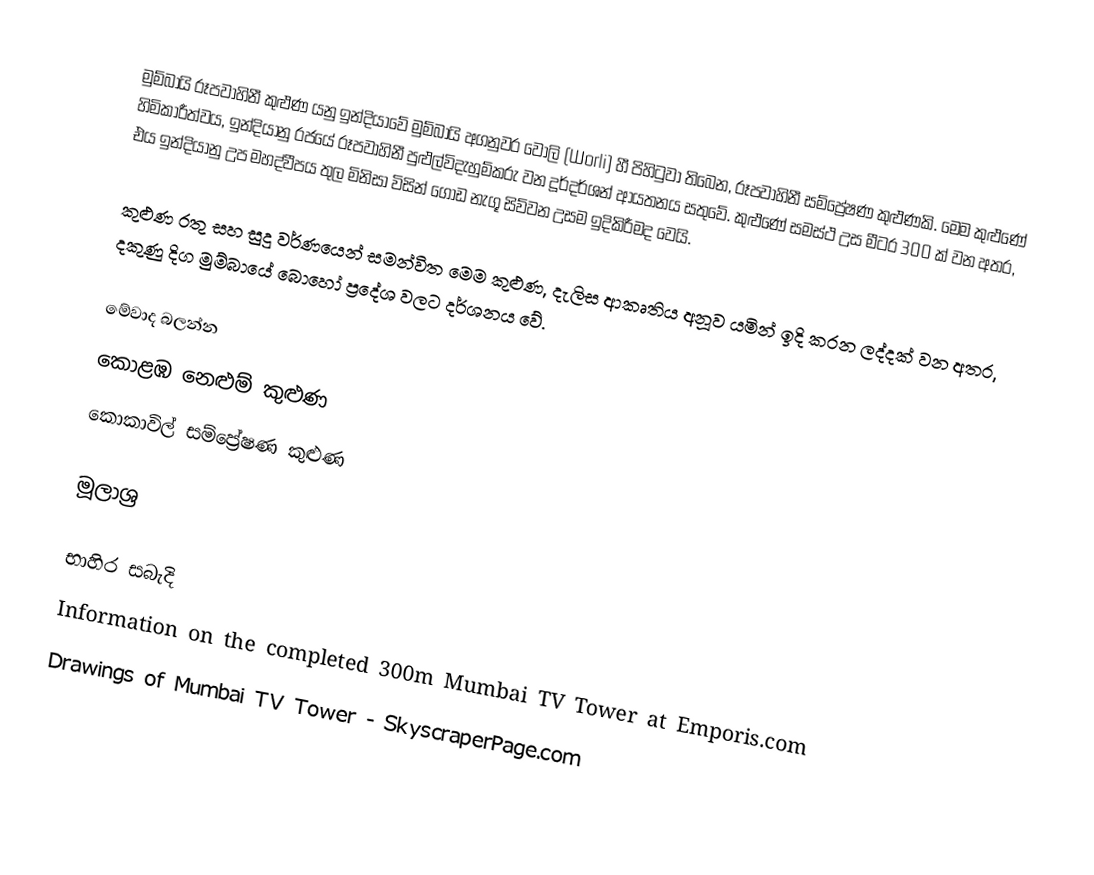
මුම්බායි රූපවාහිනී කුළුණ යනු ඉන්දියාවේ මුම්බායි අගනුවර වෝලි (Worli) හී පිහිටුවා තිබෙන, රූපවාහිනී සම්ප්‍රේෂණ කුළුණකි. මෙම කුළුණේ හිමිකාරීත්වය, ඉන්දියානු රජයේ රූපවාහිනී පුළුල්විදැහුම්කරු වන දූර්දර්ශන් ආයතනය සතුවේ. කුළුණේ සමස්ථ උස මීටර 300 ක් වන අතර, එය ඉන්දියානු උප මහද්වීපය තුල මිනිසා විසින් ගොඩ නැගූ සිව්වන උසම ඉදිකිරීමද වෙයි.

කුළුණ රතු සහ සුදු වර්ණයෙන් සමන්විත මෙම කුළුණ, දැලිස ආකෘතිය අනූව යමින් ඉදි කරන ලද්දක් වන අතර, දකුණු දිග මුම්බායේ බොහෝ ප්‍රදේශ වලට දර්ශනය වේ.

මේවාද බලන්න
කොළඹ නෙළුම් කුළුණ
කොකාවිල් සම්ප්‍රේෂණ කුළුණ

මූලාශ්‍ර

භාහිර සබැදි
Information on the completed 300m Mumbai TV Tower at Emporis.com
 Drawings of Mumbai TV Tower - SkyscraperPage.com